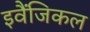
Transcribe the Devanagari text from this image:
इवैंजिकल